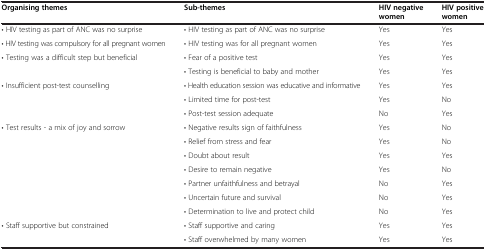
<table><thead><tr><td><b>Organising themes</b></td><td><b>Sub-themes</b></td><td><b>HIV negative women</b></td><td><b>HIV positive women</b></td></tr></thead><tbody><tr><td>• HIV testing as part of ANC was no surprise</td><td>• HIV testing as part of ANC was no surprise</td><td>Yes</td><td>Yes</td></tr><tr><td>• HIV testing was compulsory for all pregnant women</td><td>• HIV testing was for all pregnant women</td><td>Yes</td><td>Yes</td></tr><tr><td rowspan="2">• Testing was a difficult step but beneficial</td><td>• Fear of a positive test</td><td>Yes</td><td>Yes</td></tr><tr><td>• Testing is beneficial to baby and mother</td><td>Yes</td><td>Yes</td></tr><tr><td rowspan="3">• Insufficient post-test counselling</td><td>• Health education session was educative and informative</td><td>Yes</td><td>Yes</td></tr><tr><td>• Limited time for post-test</td><td>Yes</td><td>No</td></tr><tr><td>• Post-test session adequate</td><td>No</td><td>Yes</td></tr><tr><td rowspan="7">• Test results - a mix of joy and sorrow</td><td>• Negative results sign of faithfulness</td><td>Yes</td><td>No</td></tr><tr><td>• Relief from stress and fear</td><td>Yes</td><td>No</td></tr><tr><td>• Doubt about result</td><td>Yes</td><td>Yes</td></tr><tr><td>• Desire to remain negative</td><td>Yes</td><td>No</td></tr><tr><td>• Partner unfaithfulness and betrayal</td><td>No</td><td>Yes</td></tr><tr><td>• Uncertain future and survival</td><td>No</td><td>Yes</td></tr><tr><td>• Determination to live and protect child</td><td>No</td><td>Yes</td></tr><tr><td>• Staff supportive but constrained</td><td>• Staff supportive and caring</td><td>Yes</td><td>Yes</td></tr><tr><td> </td><td>• Staff overwhelmed by many women</td><td>Yes</td><td>Yes</td></tr></tbody></table>